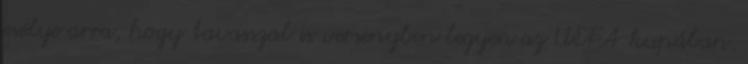
esélye arra, hogy tavasszal is versenyben legyen az UEFA-kupában.